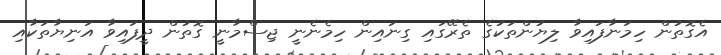
އެގޮތުން ހިމަނާފައިވާ ލިޔުންތަކުގެ ތެރޭގައި ގިނައިން ހިމެނެނީ ޖިސްމާނީ ގޮތުން ދީފައިވާ އަނިޔާތަކާއި